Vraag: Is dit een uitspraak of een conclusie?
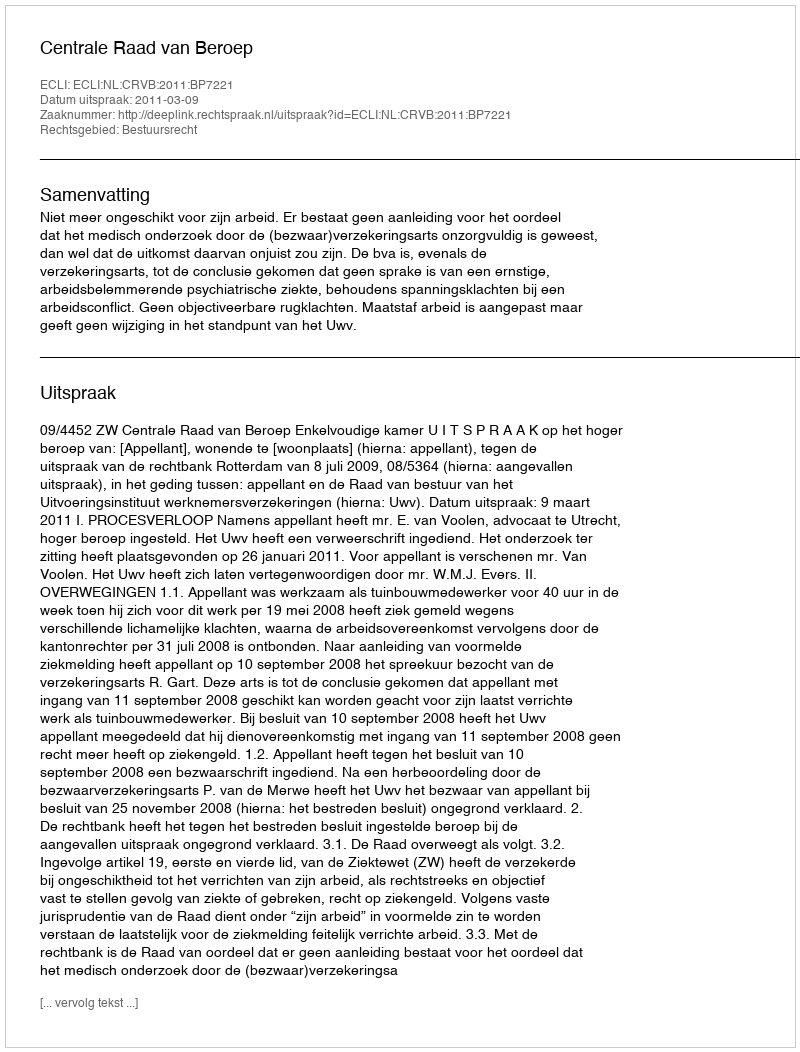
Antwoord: Uitspraak